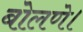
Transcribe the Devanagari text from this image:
बोलणे।